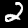
Label: 2